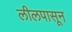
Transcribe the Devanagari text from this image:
लीलपासून